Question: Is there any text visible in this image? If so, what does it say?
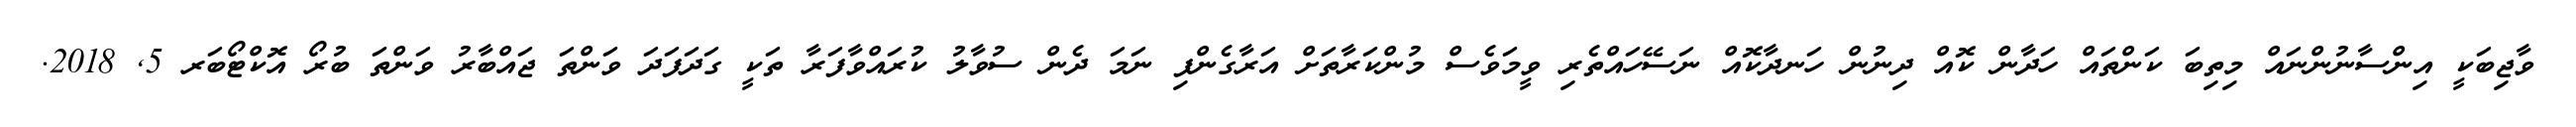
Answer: ވާޖިބަކީ އިންސާނުންނައް މިތިބަ ކަންތައް ހަދާން ކޮއް ދިނުން ހަނދާކޮއް ނަސޭހައްތެރި ވީމަވެސް މުންކަރާތަށް އަރާގެންފި ނަމަ ދެން ސުވާލު ކުރައްވާފަރާ ތަކީ ގަދަފަދަ ވަންތަ ޖައްބާރު ވަންތަ ބުރޯ އޮކްޓޯބަރ 5, 2018.